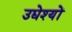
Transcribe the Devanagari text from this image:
उद्येश्यों